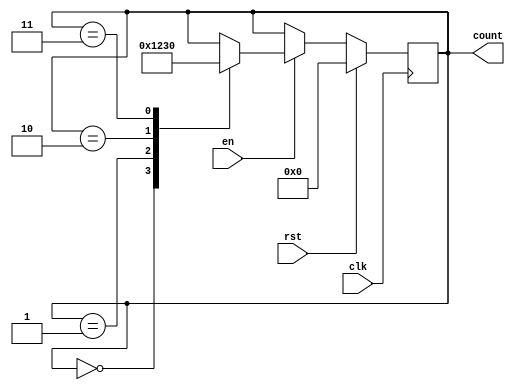
module synchronous_counter (
    input wire clk,
    input wire rst,
    input wire en,
    output reg [3:0] count
);

always @(posedge clk) begin
    if (rst) begin
        count <= 4'b0000;
    end else begin
        if (en) begin
            case (count)
                4'b0000: count <= 4'b0001;
                4'b0001: count <= 4'b0010;
                4'b0010: count <= 4'b0011;
                4'b0011: count <= 4'b0000;
            endcase
        end
    end
end

endmodule